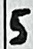
Text: 5